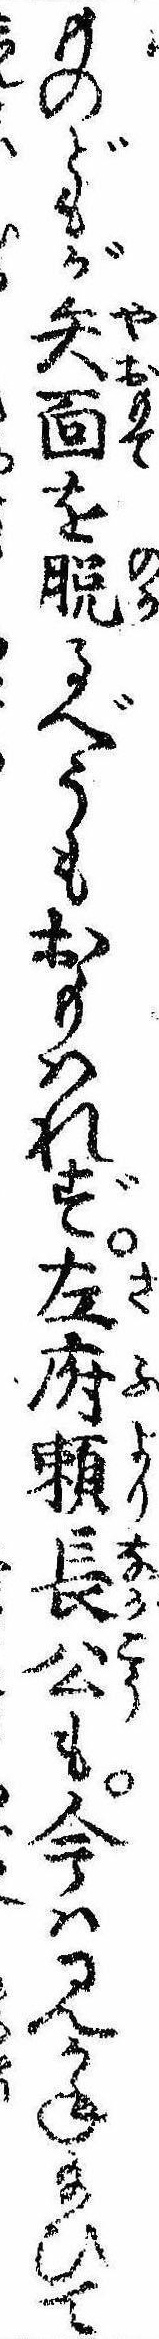
ものどもが矢面を脱るべうもおもはれず左府頼長公も今は見かね給ひて